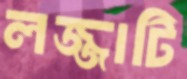
লজ্জাটি